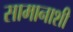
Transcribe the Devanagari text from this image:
सामानाशी